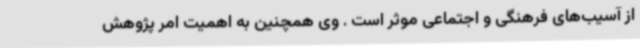
از آسیب‌های فرهنگی و اجتماعی موثر است . وی همچنین به اهمیت امر پژوهش